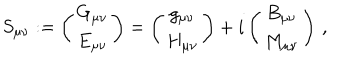
LaTeX: S _ { \mu \nu } : = \left( \begin{array} { c } { { G _ { \mu \nu } } } \\ { { E _ { \mu \nu } } } \\ \end{array} \right) = \left( \begin{array} { c } { { g _ { \mu \nu } } } \\ { { H _ { \mu \nu } } } \\ \end{array} \right) + i \left( \begin{array} { c } { { B _ { \mu \nu } } } \\ { { M _ { \mu \nu } } } \\ \end{array} \right) \, ,